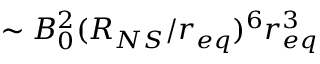
\sim B _ { 0 } ^ { 2 } ( R _ { N S } / r _ { e q } ) ^ { 6 } r _ { e q } ^ { 3 }